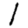
Digit: 1